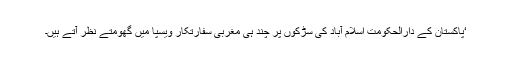
‘پاکستان کے دارالحکومت اسلام آباد کی سڑکوں پر چند ہی مغربی سفارتکار ویسپا میں گھومتے نظر آتے ہیں۔